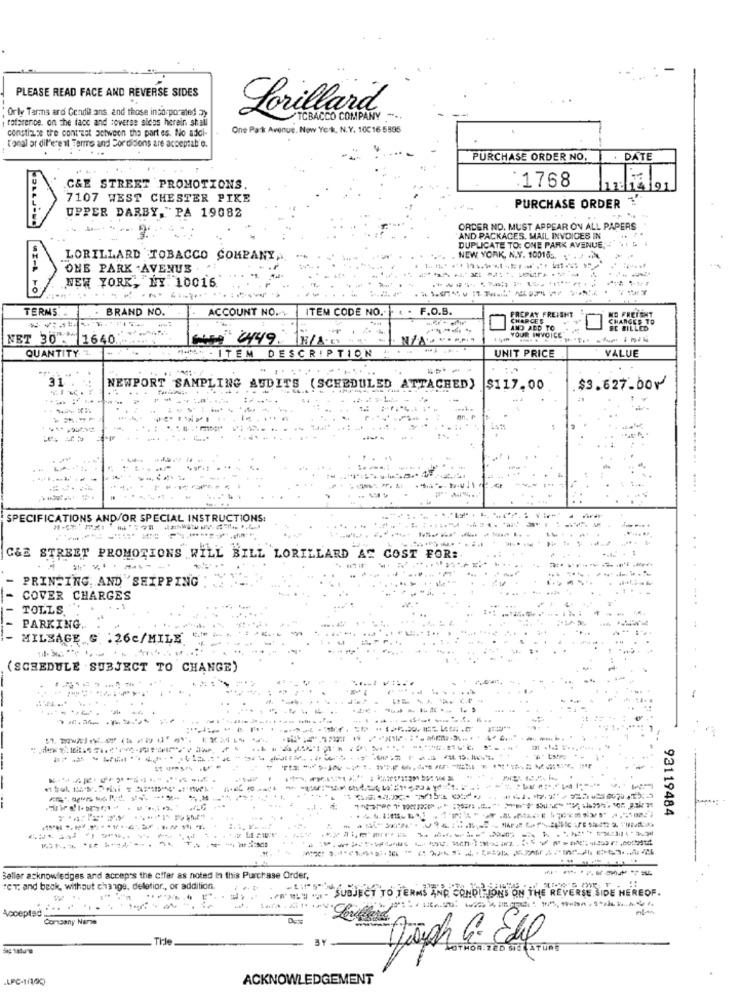
PLEASE READ FACE AND REVERSE SIDES
Lorillard
" Orly Tarms ard Cendil ans, and those incorporated 2)
reference. on the face and toverse sicas hereir. stall
TOBACCO COMPAN
constiauce tre contrast between the part es. No addi-
One Park Avenue. Now Yok, N.Y. 10016-5595
Tonal or different Terms and For disons are acceptab'e.
PURCHASE ORDER NO.
DATE
:1768
C&E STREET PROMOTIONS.
7107 WEST CHESTER PIKE
PURCHASE ORDER 1
UPPER DARBY, PA 19082
ORDER NO. MUST APPEAR ON ALL PAPERS
AND PACKAGES. MAIL INVOICES IN
DUPLICATE TO: ONE PARK AVENUE.
LORILLARD TOBACCO COMPANY ,..
NEW YORK, N.Y. 10016 .. ......
ONE PARK AVENUE
NEW YORK, NY 10015.
TERMS
BRAND NO.
ACCOUNT NO.
ITEM CODE NO.
F.O.B.
FREPAY FREISHT
NO FRETEHT
CHARGER
1
CHANGES TO
AND ADD TO
BE BILLED
NET 30 - 1640
2449.
YOUR INVOICE
QUANTITY 1.
-
VALUE
ITEM DESCRIPTION
UNIT PRICE
..
31
NEWPORT SAMPLING AUDITS (SCHEDULED
ATTACHED)
$117.00
$3.627.00⑈
LAND
SPECIFICATIONS AND/OR SPECIAL INSTRUCTIONS:
C&E STREET PROMOTIONS WILL BILL LORILLARD AC COST FOR:
PRINTING. AND SHIPPING
COVER CHARGES
TOLLS
PARKING.
MILEAGE G :26c/MILE
(SCHEDULE SUBJECT TO CHANGE)
---------
93119484
........
Seller acknowledges and accepts the offer as noted In this Purchase Order,
ret; and beck, without change, delletior ., or addition.
PR MLU "- SUBJECT TO TERMS AND CONDITIONS ON THE REVERSE SIDE HEREOP.
Accepted ..
Corsany Namse
Tile
BY
LOTHORIZED SIGNATURE
LFC-1/100
ACKNOWLEDGEMENT